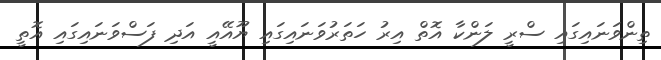
ތިންވަނައިގައި ސްރީ ލަންކާ އޮތް އިރު ހަތަރުވަނައިގައި ޔޫއޭއީ އަދި ފަސްވަނައިގައި އޮތީ